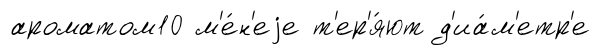
ароматом10 м'е́н'еjе т'ер'я́ют д'иа́м'етр'е